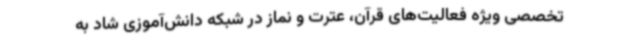
تخصصی ویژه فعالیت‌های قرآن، عترت و نماز در شبکه دانش‌آموزی شاد به